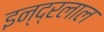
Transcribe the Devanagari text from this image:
इन्द्रलाल